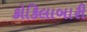
કોકિલાબારી